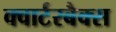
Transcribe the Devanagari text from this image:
क्वार्टरबैक्स